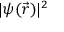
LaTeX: | \psi ( { \vec { r } } ) | ^ { 2 }